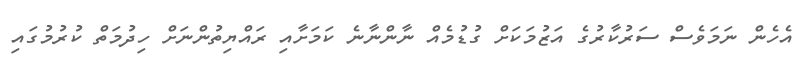
އެހެން ނަމަވެސް ސަރުކާރުގެ އަޒުމަކަށް ގުޑުމެއް ނާންނާނެ ކަމަށާއި ރައްޔިތުންނަށް ހިދުމަތް ކުރުމުގައި